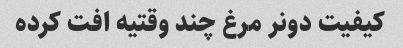
کیفیت دونر مرغ چند وقتیه افت کرده